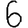
Digit: 6